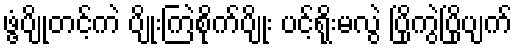
ဖွံ့ပျိုတင့်ကဲ ပျိုးကြဲစိုက်ပျိုး ပင့်ရိုးမလွဲ ပြိုကွဲပြိုပျက်